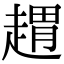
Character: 𧼫